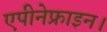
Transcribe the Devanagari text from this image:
एपीनेफ्राइन।